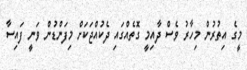
މީގެ އިތުރުން މިހާރު ވެސް ދާއިމީ ގޮތެއްގައި ދެކުއްޖަކަށް މިފަންޑުން ވަނީ ފައިސާ